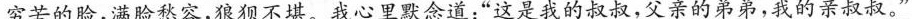
穷苦的脸，满脸愁容，狼狈不堪。我心里默念道：”这是我的叔叔，父亲的弟弟，我的亲叔叔。”